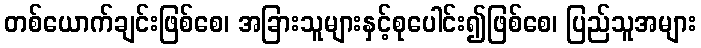
တစ်ယောက်ချင်းဖြစ်စေ၊ အခြားသူများနှင့်စုပေါင်း၍ဖြစ်စေ၊ ပြည်သူအများ